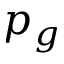
p _ { g }